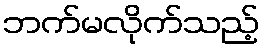
ဘက်မလိုက်သည့်